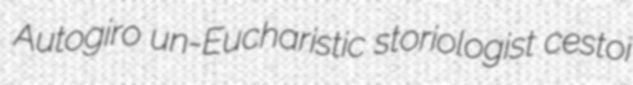
Autogiro un-Eucharistic storiologist cestoi